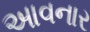
આવનાર